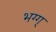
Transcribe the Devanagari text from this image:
भग्ग्